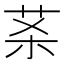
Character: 𰰵